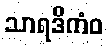
သာရဒိကံဝ